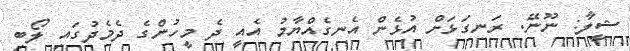
ޝީލާ: ނޫނޭ. ރަނގަޅަށް އުޅެން އެނގެއްޔާމު އެއީ ދެ މީހުންގެ ދެމެދުގައި ލޯބި